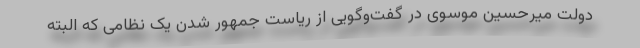
دولت میرحسین موسوی در گفت‌وگویی از ریاست جمهور شدن یک نظامی که البته